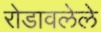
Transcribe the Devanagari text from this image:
रोडावलेले